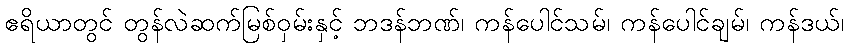
ဧရိယာတွင် တွန်လဲဆက်မြစ်ဝှမ်းနှင့် ဘဒန်ဘဏ်၊ ကန်ပေါင်သမ်၊ ကန်ပေါင်ချမ်၊ ကန်ဒယ်၊